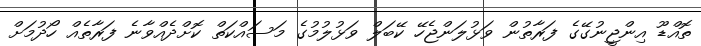
ތޮއްޑޫ އިންޖީނުގޭގެ ފަރާތުން ވަޅުލަންޖެހޭ ކޭބަލް ވަޅުލުމުގެ މަސައްކަތް ކޮށްދެއްވާނެ ފަރާތެއް ހޯދުމަށް